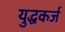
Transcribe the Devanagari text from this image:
युद्धकर्ज